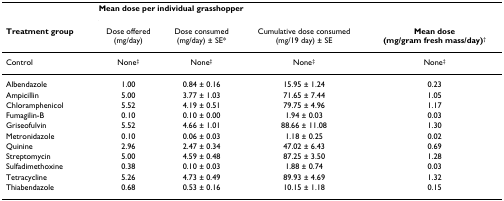
<table><thead><tr><td></td><td colspan="3"><b>Mean dose per individual grasshopper</b></td><td></td></tr><tr><td><b>Treatment group</b></td><td><b>Dose offered (mg/day)</b></td><td><b>Dose consumed (mg/day) ± SE*</b></td><td><b>Cumulative dose consumed (mg/19 day) ± SE</b></td><td><b>Mean dose (mg/gram fresh mass/day)<sup>†</sup></b></td></tr></thead><tbody><tr><td>Control</td><td>None<sup>‡</sup></td><td>None<sup>‡</sup></td><td>None<sup>‡</sup></td><td>None<sup>‡</sup></td></tr><tr><td>Albendazole</td><td>1.00</td><td>0.84 ± 0.16</td><td>15.95 ± 1.24</td><td>0.23</td></tr><tr><td>Ampicillin</td><td>5.00</td><td>3.77 ± 1.03</td><td>71.65 ± 7.44</td><td>1.05</td></tr><tr><td>Chloramphenicol</td><td>5.52</td><td>4.19 ± 0.51</td><td>79.75 ± 4.96</td><td>1.17</td></tr><tr><td>Fumagilin-B</td><td>0.10</td><td>0.10 ± 0.00</td><td>1.94 ± 0.03</td><td>0.03</td></tr><tr><td>Griseofulvin</td><td>5.52</td><td>4.66 ± 1.01</td><td>88.66 ± 11.08</td><td>1.30</td></tr><tr><td>Metronidazole</td><td>0.10</td><td>0.06 ± 0.03</td><td>1.18 ± 0.25</td><td>0.02</td></tr><tr><td>Quinine</td><td>2.96</td><td>2.47 ± 0.34</td><td>47.02 ± 6.43</td><td>0.69</td></tr><tr><td>Streptomycin</td><td>5.00</td><td>4.59 ± 0.48</td><td>87.25 ± 3.50</td><td>1.28</td></tr><tr><td>Sulfadimethoxine</td><td>0.38</td><td>0.10 ± 0.03</td><td>1.88 ± 0.74</td><td>0.03</td></tr><tr><td>Tetracycline</td><td>5.26</td><td>4.73 ± 0.49</td><td>89.93 ± 4.69</td><td>1.32</td></tr><tr><td>Thiabendazole</td><td>0.68</td><td>0.53 ± 0.16</td><td>10.15 ± 1.18</td><td>0.15</td></tr></tbody></table>